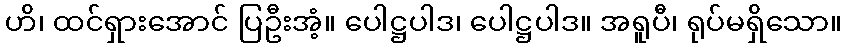
ဟိ၊ ထင်ရှားအောင် ပြဦးအံ့။ ပေါဋ္ဌပါဒ၊ ပေါဋ္ဌပါဒ။ အရူပီ၊ ရုပ်မရှိသော။